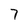
Character: 7